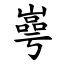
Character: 㠋